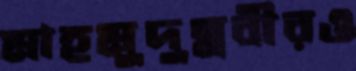
মাহমুদুন্নবীরও